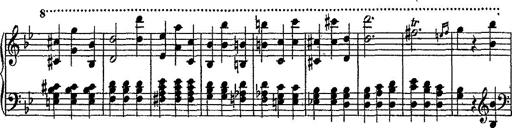
Title: Scherzo
Composer: Rogelio Villar
Key: D minor